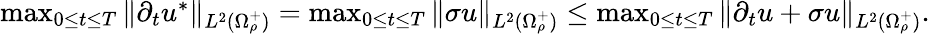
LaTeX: \begin{array}{r}{\operatorname*{max}_{0\leq t\leq T}\| \partial_{t}u^{*}\| _{L^{2}(\Omega_{\rho}^{+})}=\operatorname*{max}_{0\leq t\leq T}\| \sigma u\| _{L^{2}(\Omega_{\rho}^{+})}\leq\operatorname*{max}_{0\leq t\leq T}\| \partial_{t}u+\sigma u\| _{L^{2}(\Omega_{\rho}^{+})}.}\end{array}